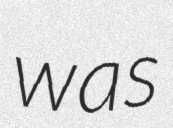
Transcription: was